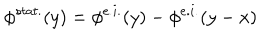
\phi ^ { s t a t . } ( y ) = \phi ^ { e . i . } ( y ) - \phi ^ { e . i . } ( y - x )